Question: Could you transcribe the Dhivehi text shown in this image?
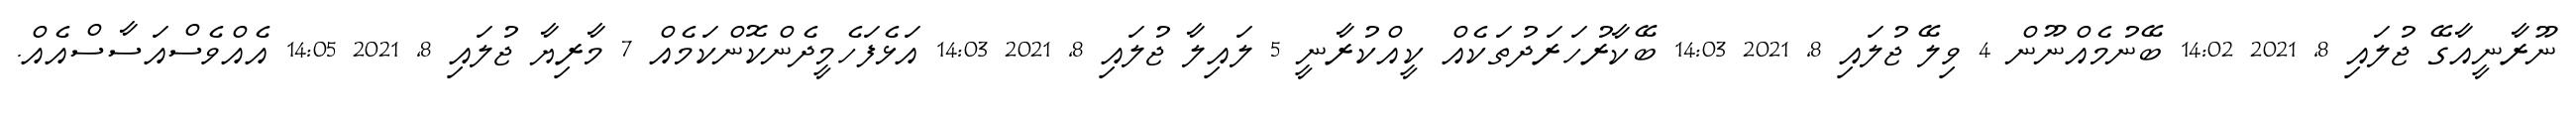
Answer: ނޫރާނީއާގޭ ޖުލައި 8, 2021 14:02 ބޭނުމެއްނޫން 4 ވިލޭ ޖުލައި 8, 2021 14:03 ބޭކާރުހަރަދުތަކެއް ކީއްކުރާނީ 5 ލައިލާ ޖުލައި 8, 2021 14:03 އަޅެފަހެމީދެންކޮންކަމެއް 7 މާރިޔާ ޖުލައި 8, 2021 14:05 އެއްވެސްއަސާސްއެއް.